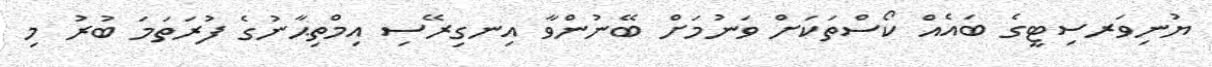
ޔުނިވަރސިޓީގެ ބައެއް ކޯސްތަކަށް ވަނުމަށް ބޭނުންވާ އިނގިރޭސި އިމްތިޙާނުގެ ފުރަތަމަ ބުރު މި